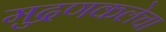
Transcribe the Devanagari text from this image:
मुद्रणकलेचा